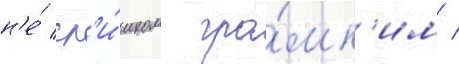
н'е́ сл'и́шком гро́мк'им /